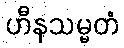
ဟီနသမ္မတံ